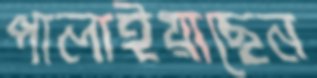
পালাইয়াছেন